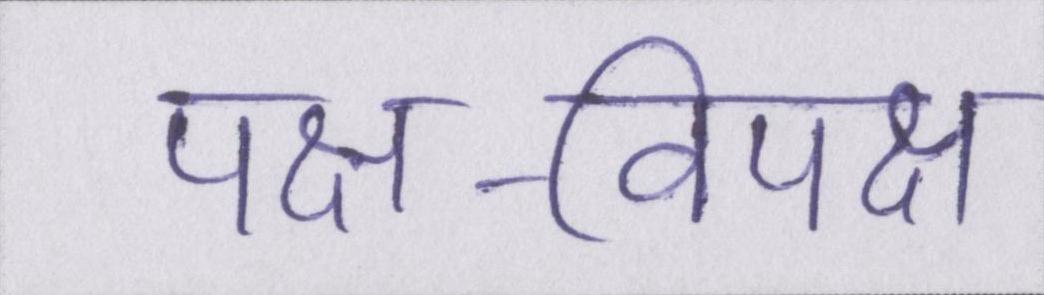
पक्ष-विपक्ष